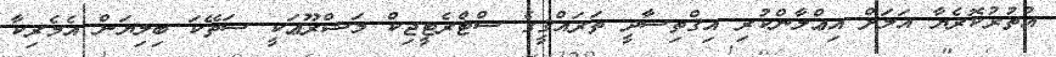
އުތުރުކޮރެޔާ އަލަށް އިޢްލާންކުރި އިޤްތިސާދީ ތަރައްޤީގެ ސްޓްރެޓީޖިކް މަޝްރޫޢަކީ ސަތޭކަ ބިލިޔަން އެމެރިކާ